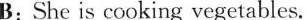
5. She is cookkifga trechet ahildnen.